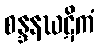
စန္ဒနဃဋိကံ